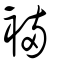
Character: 裲